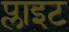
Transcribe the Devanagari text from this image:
प्लाइट